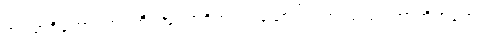
အပရာဇိတောဂဟပတိ၊ အပရာဇိတမည်သောဒါယကာသည်။ ဘာတိကတ္ထေရံ၊